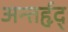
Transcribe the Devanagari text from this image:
अन्तर्हृद्‍